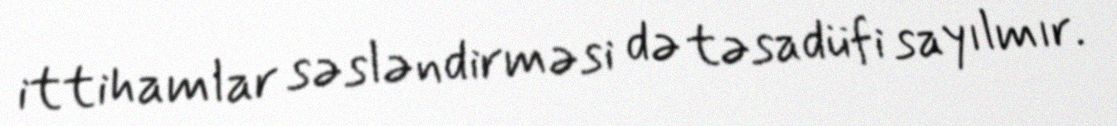
ittihamlar səsləndirməsi də təsadüfi sayılmır.